Vaccination in Bombay 1902-1912 - 1902-1912
Year: 1902
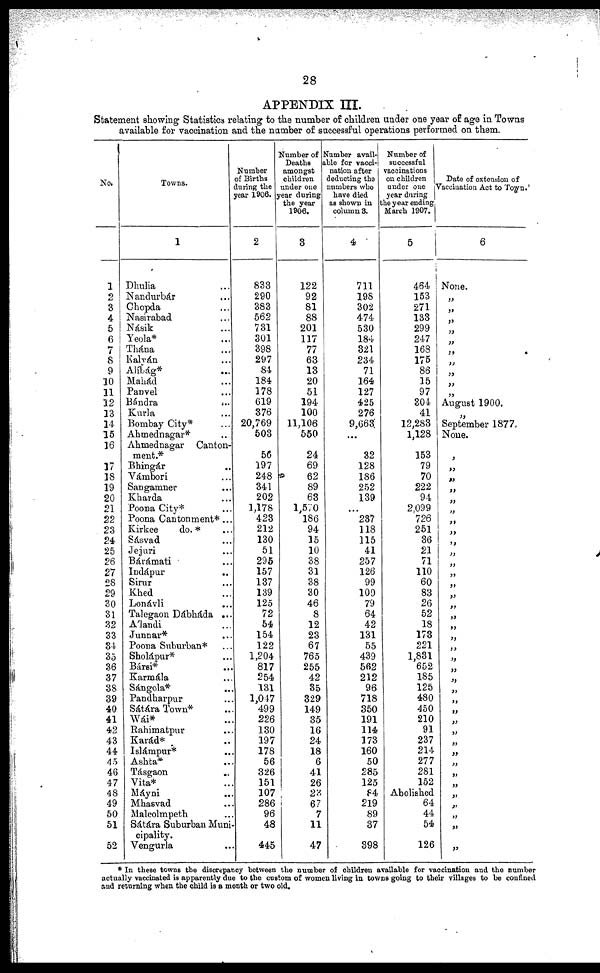
28
APPENDIX III.
Statement showing Statistics relating to the number of children under one year of age in Towns
available for vaccination and the number of successful operations performed on them.
No.
1
2
3
4
5
6
7
8
9
10
11
12
13
14
15
16
17
18
19
20
21
22
23
24
25
26
27
28
29
30
31
32
33
34
35
36
37
38
39
40
41
42
43
44
45
46
47
48
49
50
51
52
Towns.
1
Dhulia ...
Nandurbár ...
Chopda ...
Nasirabad ...
Násik ...
Yeola* ...
Thána ...
Kalván ...
Alíbág* ...
Mahád ...
Panvel ...
Bándra
...
Kurla ...
Bombay City* ...
Ahmednagar* ...
Ahmednagar Canton-
ment.*
Bhingár ...
Vámbori ...
Sangamner ...
Kharda ...
Poona City* ...
Poona Cantonment* ...
Kirkee
do. * ...
Sásvad ...
Jejuri ...
Bárámati ...
Indápur ...
Sirur ...
Khed ...
Lonávli ...
Talegaon Dábháda ...
A'landi ...
Junnar* ...
Poona Suburban* ...
Sholápur* ...
Bársi* ...
Karmála ...
Sángola* ...
Pandharpur ...
Sátára Town* ...
Wái* ...
Rahimatpur ...
Karád* ...
Islámpur* ...
Ashta* ...
Tásgaon ...
Vita* ...
Máyni ...
Mhasvad ...
Malcolmpeth ...
Sátára Suburban Muni-
cipality.
Vengurla ...
Number
of Births
during the
year 1906.
2
833
290
383
562
731
301
398
297
84
184
178
619
376
20,769
503
56
197
248
341
202
1,178
423
212
130
51
295
157
137
139
125
72
54
154
122
1,204
817
254
131
1,047
499
226
130
197
178
56
326
151
107
286
96
48
445
Number of
Deaths
amongst
children
under one
year during
the year
1906.
3
122
92
81
88
201
117
77
63
13
20
51
194
100
11,106
550
24
69
62
89
63
1,570
186
94
15
10
38
31
38
30
46
8
12
23
67
765
255
42
35
329
149
35
16
24
18
6
41
26
23
67
7
11
47
Number avail-
able for vacci-
nation after
deducting the
numbers who
have died
as shown in
column 3.
4
711
198
302
474
530
184
321
234
71
164
127
425
276
9,663
...
32
128
186
252
139
...
237
118
115
41
257
126
99
109
79
64
42
131
55
439
562
212
96
718
350
191
114
173
160
50
285
125
84
219
89
37
398
Number of
successful
vaccinations
on children
under one
year during
the year ending
March 1907.
5
464
153
271
133
299
247
168
175
86
15
97
304
41
12,283
1,128
153
79
70
222
94
2,099
726
251
36
21
71
110
60
83
26
52
18
173
221
1,831
652
185
125
480
450
210
91
237
214
277
281
152
Abolished
64
44
54
126
Date of extension of
Vaccination Act to Town.
6
None.
„
„
„
„
„
„
„
„
„
„
August 1900.
„
September 1877.
None.
„
„
„
„
„
„
„
„
„
„
„
„
„
„
„
„
„
„
„
„
„
„
„
„
„
„
„
„
„
„
„
„
„
„
„
„
„
* In these towns the discrepancy between the number of children available for vaccination and the number
actually vaccinated is apparently due to the custom of women living in towns going to their villages to be confined
and returning when the child is a month or two old.